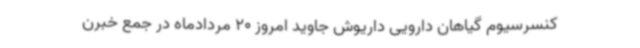
کنسرسیوم گیاهان دارویی داریوش جاوید امروز 20 مردادماه در جمع خبرن